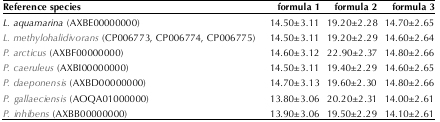
| Reference species | formula 1 | formula 2 | formula 3 |
 | --- | --- | --- | --- |
 | L. aquamarina (AXBE00000000) | 14.50±3.11 | 19.20±2.28 | 14.70±2.65 |
 | L. methylohalidivorans (CP006773, CP006774, CP006775) | 14.50±3.11 | 19.20±2.29 | 14.60±2.64 |
 | P. arcticus (AXBF00000000) | 14.60±3.12 | 22.90±2.37 | 14.80±2.66 |
 | P. caeruleus (AXBI00000000) | 14.50±3.11 | 19.40±2.29 | 14.60±2.65 |
 | P. daeponensis (AXBD00000000) | 14.70±3.13 | 19.60±2.30 | 14.80±2.66 |
 | P. gallaeciensis (AOQA01000000) | 13.80±3.06 | 20.20±2.31 | 14.00±2.61 |
 | P. inhibens (AXBB00000000) | 13.90±3.06 | 19.50±2.29 | 14.10±2.61 |